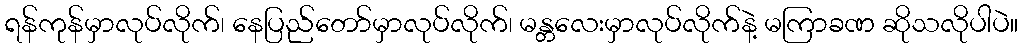
ရန်ကုန်မှာလုပ်လိုက်၊ နေပြည်တော်မှာလုပ်လိုက်၊ မန္တလေးမှာလုပ်လိုက်နဲ့ မကြာခဏ ဆိုသလိုပါပဲ။